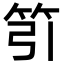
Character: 䇙